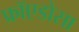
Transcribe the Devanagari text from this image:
फ्रॉएडोसा